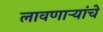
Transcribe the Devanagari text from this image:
लावणाऱ्यांचे